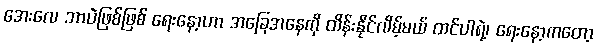
အေးလေ ဘာပဲဖြစ်ဖြစ် ရေးနော့ဟာ အခြေအနေကို ထိန်းနိုင်လိမ့်မယ် ထင်ပါရဲ့၊ ရေးနော့ကတော့